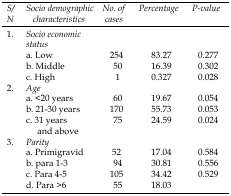
<table><thead><tr><td><b><i>S/N</i></b></td><td><b><i>Socio demographic characteristics</i></b></td><td><b><i>No. of cases</i></b></td><td><b><i>Percentage</i></b></td><td><b><i>P-value</i></b></td></tr></thead><tbody><tr><td>1.</td><td colspan="4"><i>Socio economic status</i></td></tr><tr><td></td><td> a. Low</td><td>254</td><td>83.27</td><td>0.277</td></tr><tr><td></td><td> b. Middle</td><td>50</td><td>16.39</td><td>0.302</td></tr><tr><td></td><td> c. High</td><td>1</td><td>0.327</td><td>0.028</td></tr><tr><td>2.</td><td colspan="4"><i>Age</i></td></tr><tr><td></td><td> a. &lt;20 years</td><td>60</td><td>19.67</td><td>0.054</td></tr><tr><td></td><td> b. 21-30 years</td><td>170</td><td>55.73</td><td>0.053</td></tr><tr><td></td><td> c. 31 years and above</td><td>75</td><td>24.59</td><td>0.024</td></tr><tr><td>3</td><td colspan="4"><i>Parity</i></td></tr><tr><td></td><td> a. Primigravid</td><td>52</td><td>17.04</td><td>0.584</td></tr><tr><td></td><td> b. para 1-3</td><td>94</td><td>30.81</td><td>0.556</td></tr><tr><td></td><td> c. Para 4-5</td><td>105</td><td>34.42</td><td>0.529</td></tr><tr><td></td><td> d. Para&gt;6</td><td>55</td><td>18.03</td><td></td></tr></tbody></table>